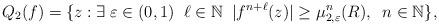
LaTeX: \begin{align*} Q_2(f)= \{z: \exists\; \varepsilon \in (0,1)\;\;\ell \in \mathbb{N} \;\;\lvert f^{n+\ell}(z)\rvert \geq \mu_{2,\varepsilon}^n(R),\;\; n \in \mathbb{N} \}, \end{align*}